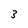
Character: 3